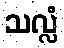
သလ္လံ